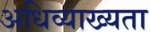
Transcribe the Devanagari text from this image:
अधिव्याख्यता